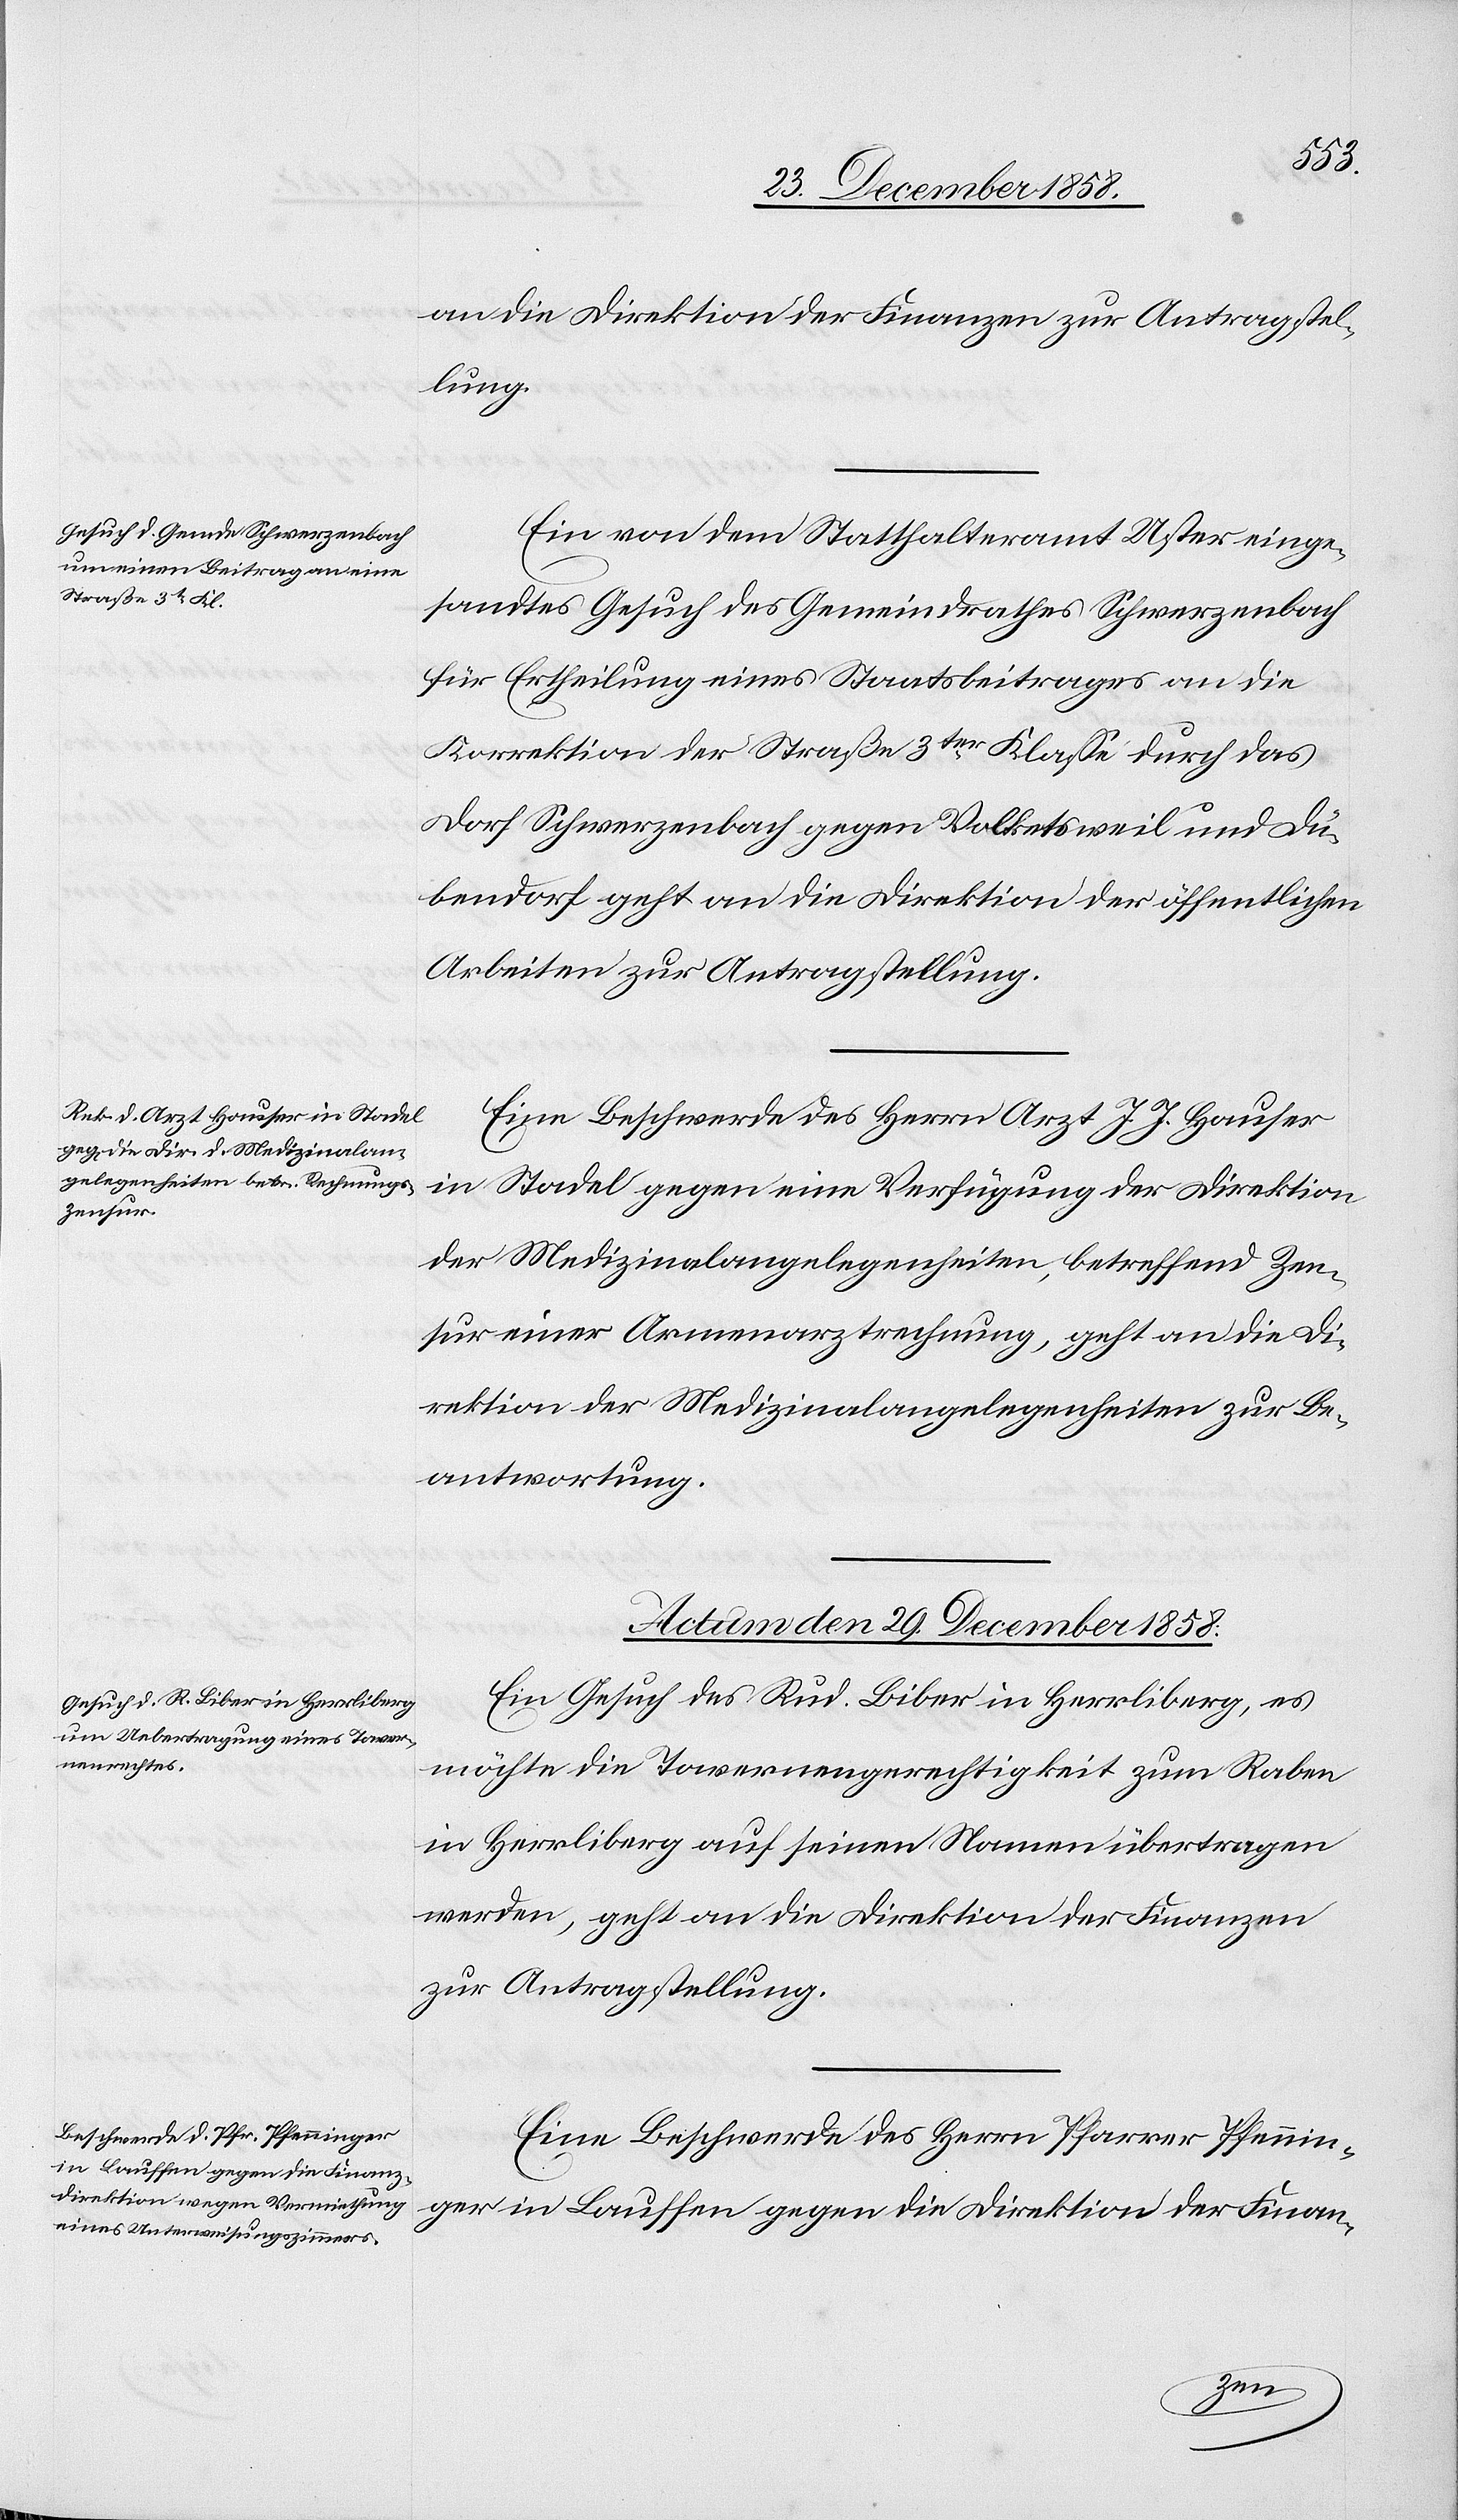
an die Direktion der Finanzen zur Antragstel¬
lung.
Ein von dem Statthalteramt Uster einge¬
sandtes Gesuch des Gemeindrathes Schwerzenbach
für Ertheilung eines Staatsbeitrages an die
Korrektion der Straße 3ter Klasse durch das
Dorf Schwerzenbach gegen Volketsweil und Dü¬
bendorf geht an die Direktion der öffentlichen
Arbeiten zur Antragstellung.
Eine Beschwerde des Herrn Arzt J. J. Hauser
in Stadel gegen eine Verfügung der Direktion
der Medizinalangelegenheiten, betreffend Zen¬
sur einer Armenarztrechnung, geht an die Di¬
rektion der Medizinalangelegenheiten zur Be¬
antwortung.
Actum den 29. December 1858.]
Ein Gesuch des Rud. Biber in Herrliberg, es
möchte die Tavernengerechtigkeit zum Raben
in Herrliberg auf seinen Namen übertragen
werden, geht an die Direktion der Finanzen
zur Antragstellung.
Eine Beschwerde des Herrn Pfarrer Pfennin¬
ger in Lauffen gegen die Direktion der Finan-